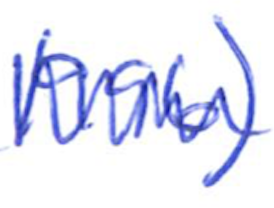
Text: 1996)
Cross-out: zig-zag
Writing tool: ballpoint